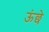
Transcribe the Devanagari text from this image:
ऊंछे